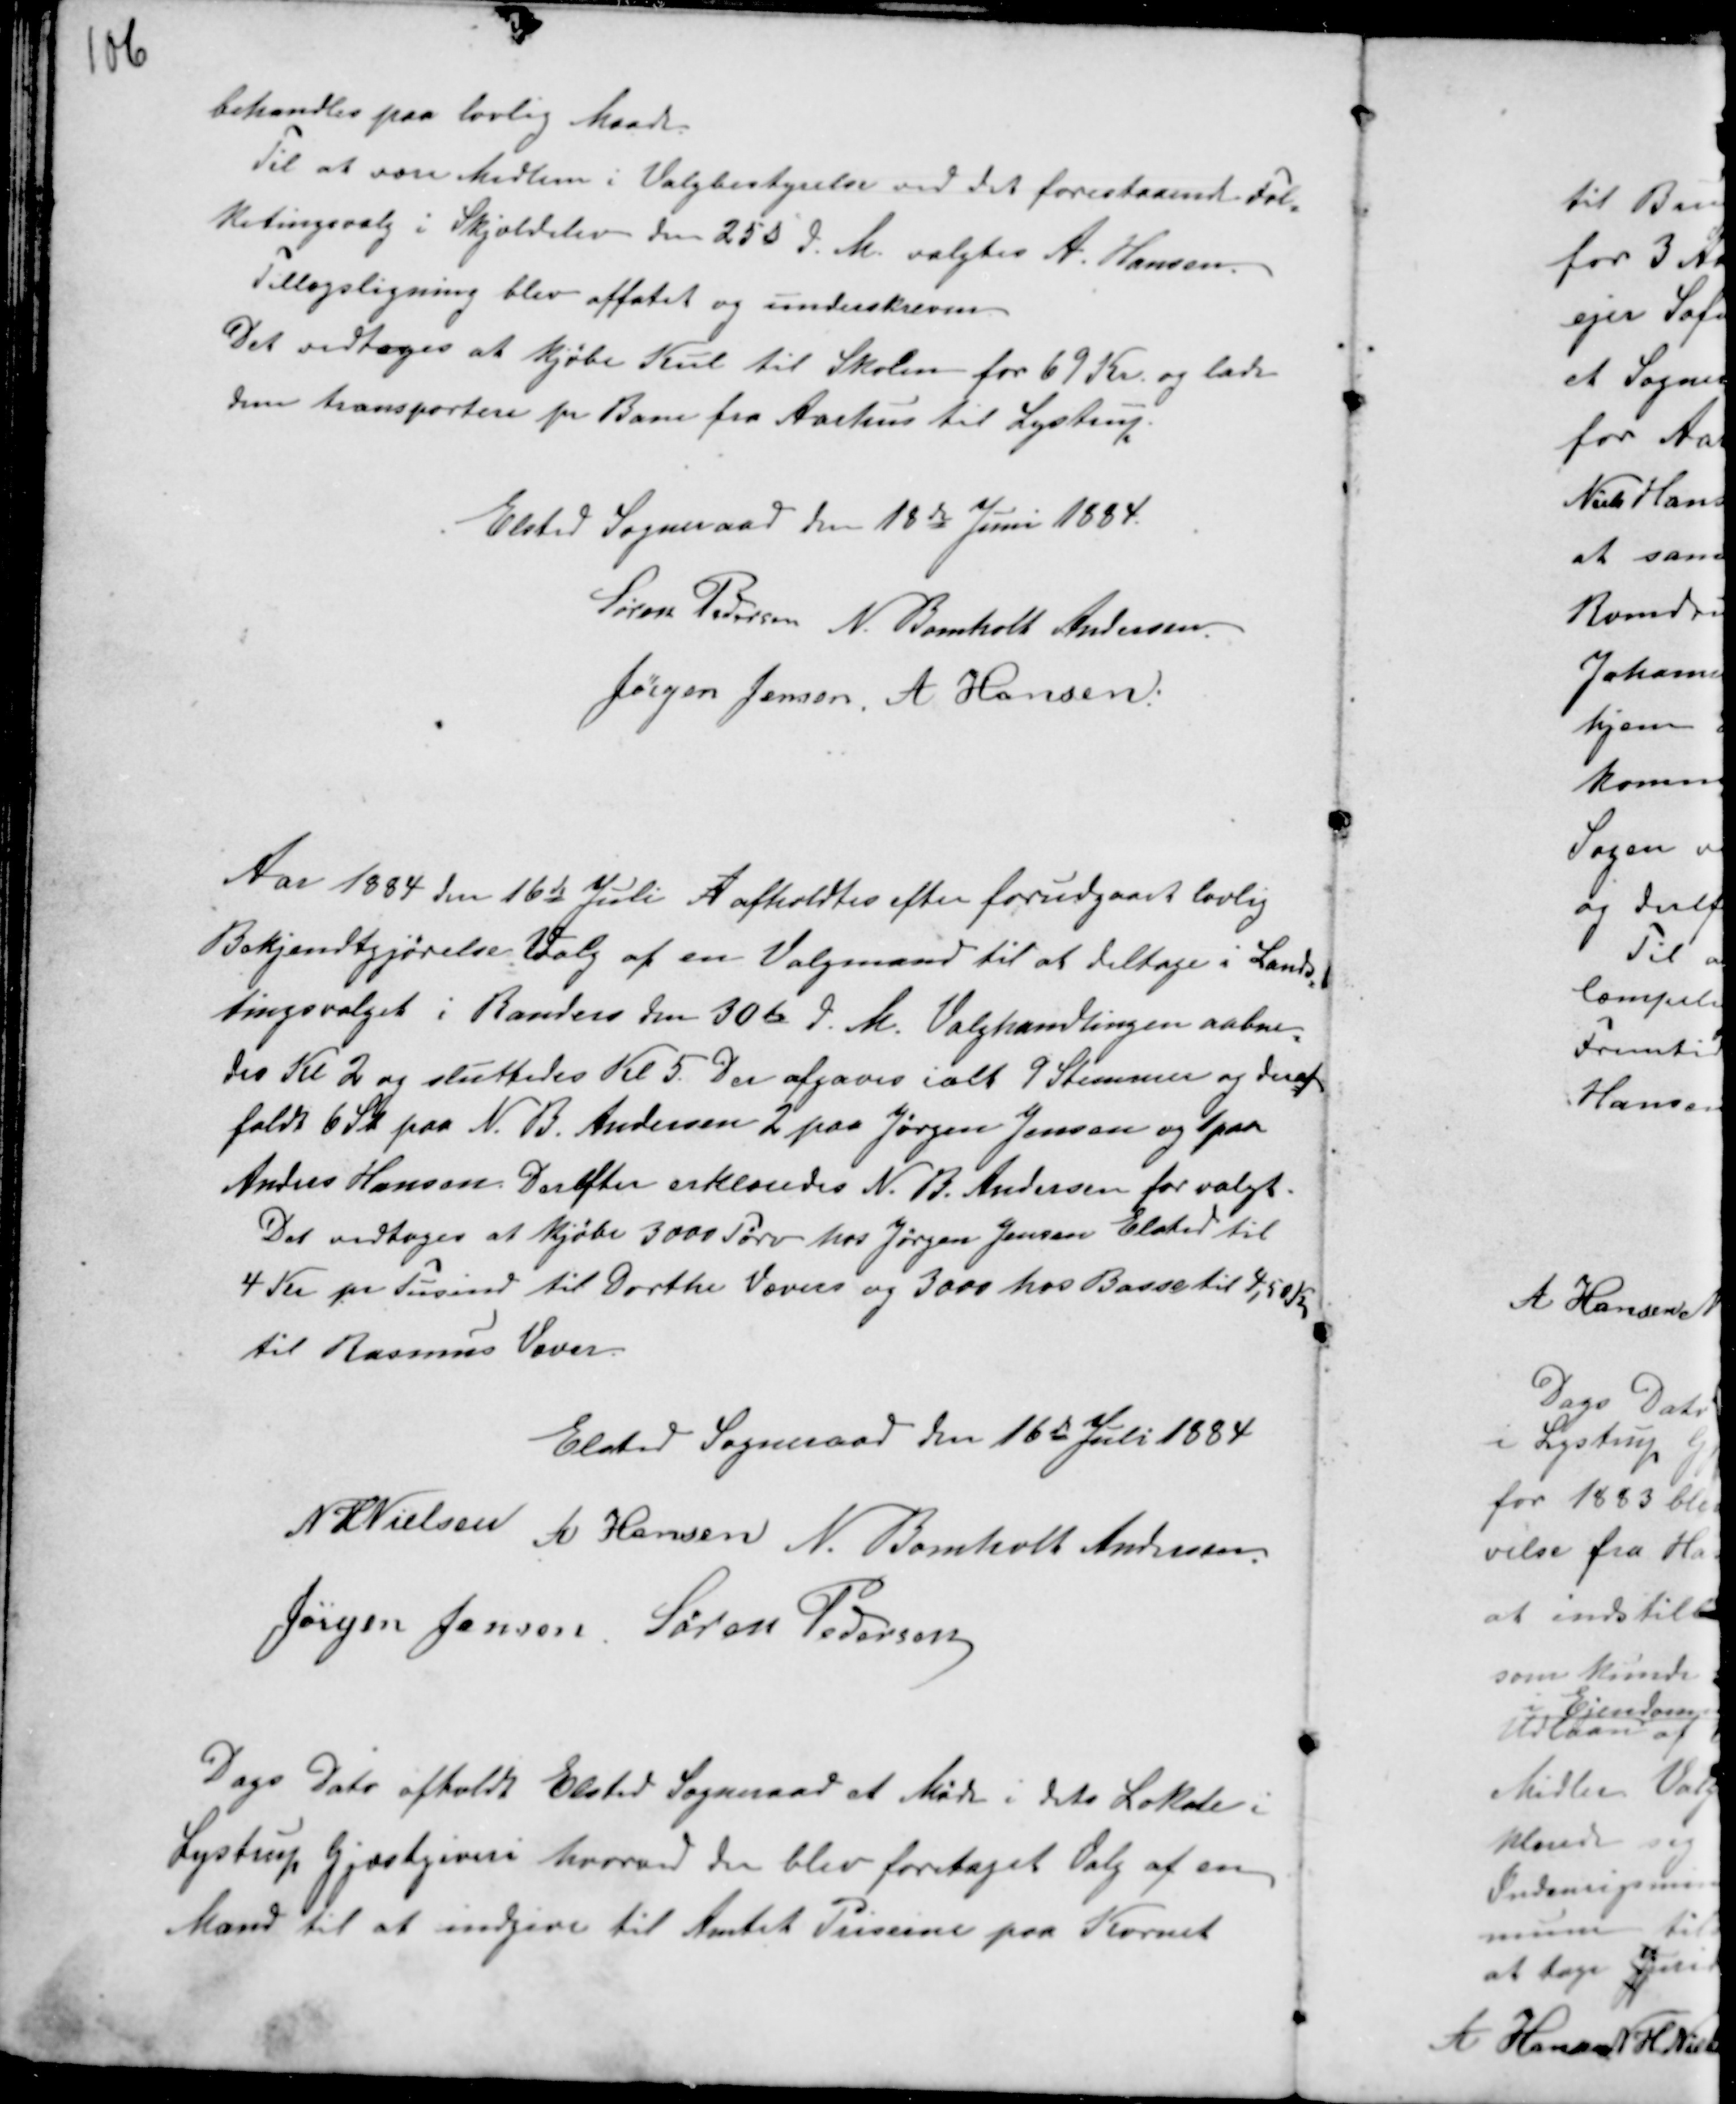
Transskription:
behandles paa lovlig Maade.
Til at være Medlem i Valgbestyrelse ved det forestaaende Fol-
ketingsvalg i Skjoldelev den 25de d. M. valgtes A. Hansen
Tillægsligning blev affattet og underskreven.
Det vedtoges at kjøbe Kul til Skolen for 69 Kr og lade
den transportere pr Bane fra Aarhus til Lystrup.

Elsted Sogneraad den 18de Juni 1884.
Søren Pedersen N. Bomholt Andersen.
Jørgen Jensen. A Hansen.

Aar 1884 den 16de Juli A afholdtes efter forudgaaet lovlig
Bekjendtgjørelse Valg af en Valgmand til at deltage i Lands-
tingsvalget i Randers den 30te d. M. Valghandlingen aabne-
des Kl 2 og sluttedes Kl 5. Der afgaves ialt 9 Stemmer og deraf
faldt 6 St paa N. B. Andersen 2 paa Jørgen Jensen og 1 paa
Anders Hansen Derefter erklæredes N. B. Andersen for valgt.
Det vedtoges at kjøbe 3000 Tørv hos Jørgen Jensen Elsted til
4 Kr pr Tusind til Dorthe Vævers og 3000 hos Basse til 4,50 Kr
til Rasmus Væver.

Elsted Sogneraad den 16de Juli 1884
N HNielsen A Hansen N. Bomholt Andersen.
Jørgen Jensen. Søren Pedersen

Dags Dato afholdt Elsted Sogneraad Møde i dets Lokale i
Lystrup Gjæstgiveri hvorved der blev foretaget Valg af en
Mand til at indgive til Amtet Priserne på Kornet